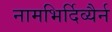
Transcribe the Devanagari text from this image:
नामभिर्दिव्यैर्न